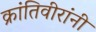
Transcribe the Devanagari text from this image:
क्रांतिवीरांनी